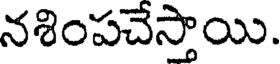
నశింపచేస్తాయి.